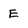
Character: E